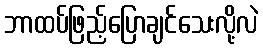
ဘာထပ်ဖြည့်ပြောချင်သေးလို့လဲ